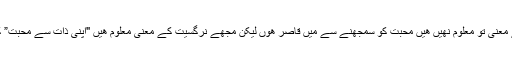
انتھائی عجیب بات ھے کہ مجھے محبت کے معنی تو معلوم نھیں ھیں محبت کو سمجھنے سے میں قاصر ھوں لیکن مجھے نرگسیت کے معنی معلوم ھیں "اپنی ذات سے محبت” کو سمجھنے سے میں کبھی قاصر نھیں رھی۔